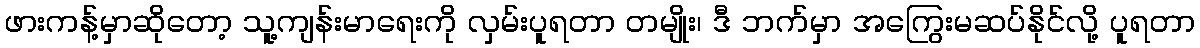
ဖားကန့်မှာဆိုတော့ သူ့ကျန်းမာရေးကို လှမ်းပူရတာ တမျိုး၊ ဒီ ဘက်မှာ အကြွေးမဆပ်နိုင်လို့ ပူရတာ